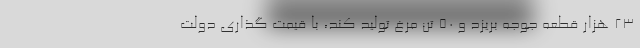
۲۳ هزار قطعه جوجه بریزد و ۵۰ تن مرغ تولید کند، با قیمت گذاری دولت